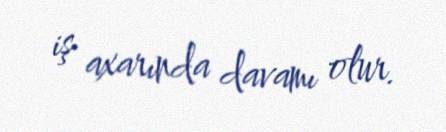
iş axarında davamı olur.